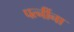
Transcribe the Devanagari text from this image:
पत्‍नींना